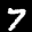
Label: 7